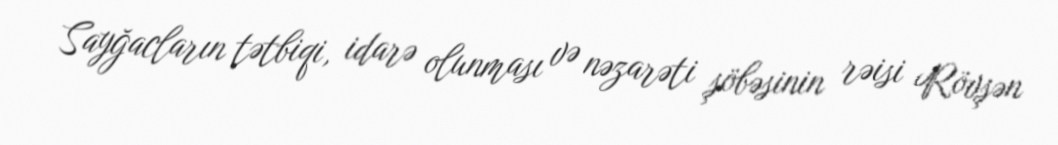
Sayğacların tətbiqi, idarə olunması və nəzarəti şöbəsinin rəisi Rövşən